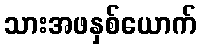
သားအဖနှစ်ယောက်